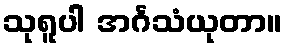
သုရူပါ အင်္ဂသံယုတာ။